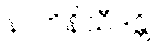
နာဘိနိသီဒန္တိ